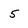
Character: 5